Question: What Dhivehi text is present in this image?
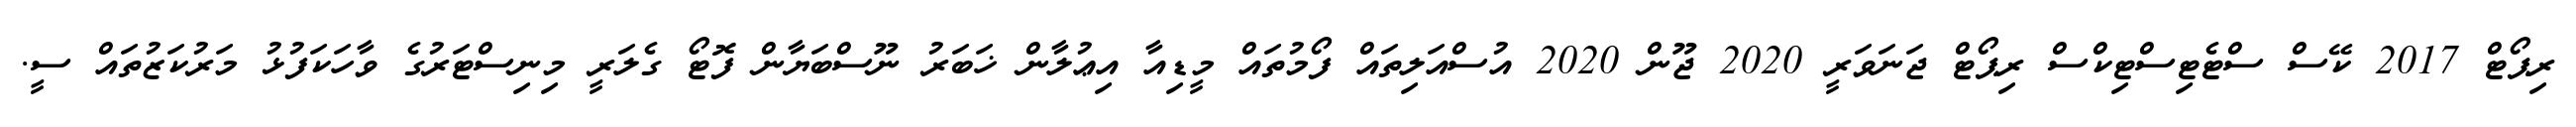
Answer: ރިޕޯޓް 2017 ކޭސް ސްޓެޓިސްޓިކްސް ރިޕޯޓް ޖަނަވަރީ 2020 ޖޫން 2020 އުސްއަލިތައް ފޯމުތައް މީޑިއާ އިޢުލާން ޚަބަރު ނޫސްބަޔާން ފޮޓޯ ގެލަރީ މިނިސްޓަރުގެ ވާހަކަފުޅު މަރުކަޒުތައް ސީ.